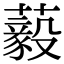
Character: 藙